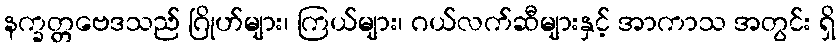
နက္ခတ္တဗေဒသည် ဂြိုဟ်များ၊ ကြယ်များ၊ ဂယ်လက်ဆီများနှင့် အာကာသ အတွင်း ရှိ